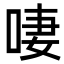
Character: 啛